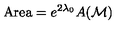
\mathrm { A r e a } = e ^ { 2 \lambda _ { 0 } } A ( { \cal M } )